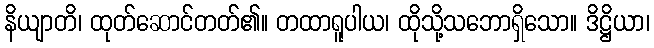
နိယျာတိ၊ ထုတ်ဆောင်တတ်၏။ တထာရူပါယ၊ ထိုသို့သဘောရှိသော။ ဒိဋ္ဌိယာ၊